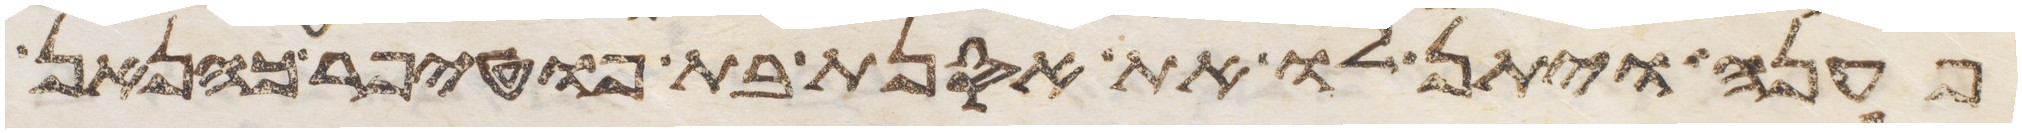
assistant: פענה ויתן לו את אסנת בת פוטיפרע כהן